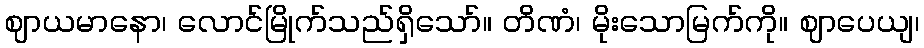
ဈာယမာနော၊ လောင်မြိုက်သည်ရှိသော်။ တိဏံ၊ မိုးသောမြက်ကို။ ဈာပေယျ၊